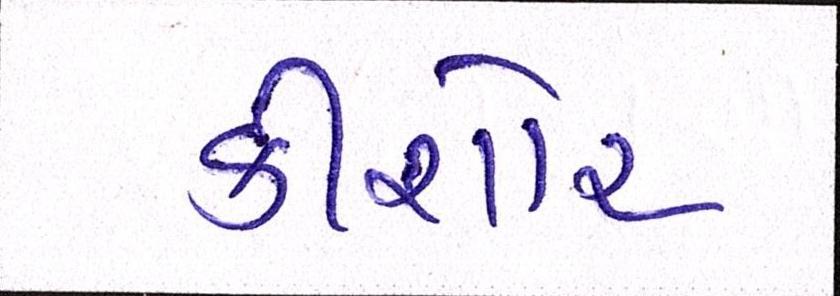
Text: કીશોર